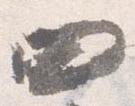
四